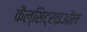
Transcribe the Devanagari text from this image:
कैल्सिट्राइऑल